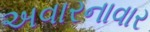
અવારનાવાર